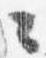
々